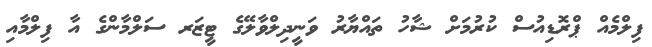
ފިލްމެއް ޕްރޮޑިއުސް ކުރުމަށް ޝާހު ތައްޔާރު ވަނީދިލްވާލޭގެ ޓީޒަރ ސަލްމާންގެ އާ ފިލްމާއި